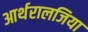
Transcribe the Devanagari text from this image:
आर्थरालजिया